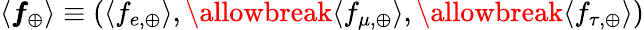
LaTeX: \langle\pmb{f}_{\oplus}\rangle\equiv(\langle f_{e,\oplus}\rangle,\allowbreak\langle f_{\mu,\oplus}\rangle,\allowbreak\langle f_{\tau,\oplus}\rangle)